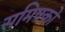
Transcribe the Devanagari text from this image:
समिषको